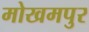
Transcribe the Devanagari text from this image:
मोखमपुर